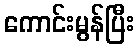
ကောင်းမွန်ပြီး